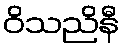
ဝိသညိနီ